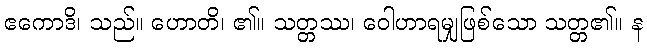
ဧကောဒိ၊ သည်။ ဟောတိ၊ ၏။ သတ္တဿ၊ ဝေါဟာရမျှဖြစ်သော သတ္တ၏။ န